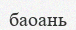
баоань